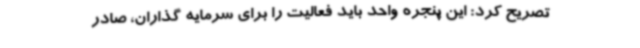
تصریح کرد: این پنجره واحد باید فعالیت را برای سرمایه گذاران، صادر